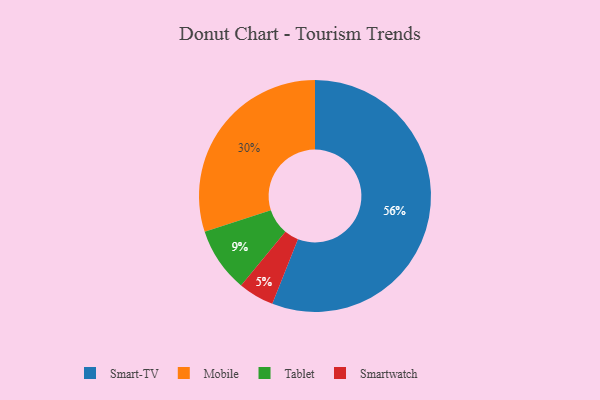
{"axis": {"x": "Category", "y": "Percentage"}, "legend": ["Mobile", "Smart-TV", "Smartwatch", "Tablet"], "data": [{"x": "Tablet", "y": 9, "type": "Tablet"}, {"x": "Smart-TV", "y": 56, "type": "Smart-TV"}, {"x": "Mobile", "y": 30, "type": "Mobile"}, {"x": "Smartwatch", "y": 5, "type": "Smartwatch"}]}